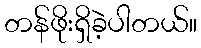
တန်ဖိုးရှိခဲ့ပါတယ်။